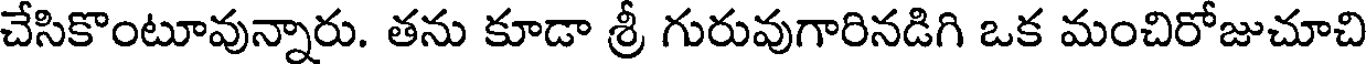
చేసికొంటూవున్నారు. తను కూడా శ్రీ గురువుగారినడిగి ఒక మంచిరోజుచూచి